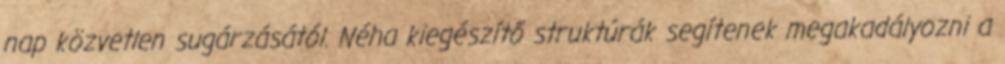
nap közvetlen sugárzásától. Néha kiegészítő struktúrák segítenek megakadályozni a